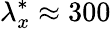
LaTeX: {\lambda}_{x}^{*}\approx 300